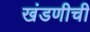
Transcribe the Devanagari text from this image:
खंडणीची